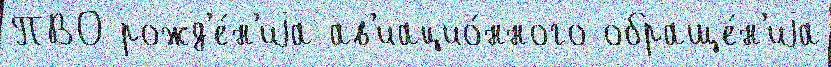
ПВО рожд'е́н'иjа ав'иацио́нного обраще́н'иjа